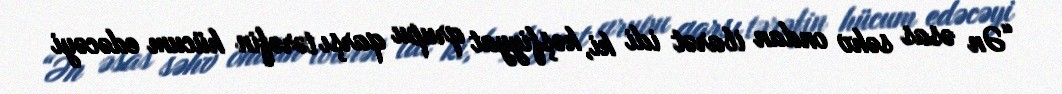
“Ən əsas səhv ondan ibarət idi ki, kəşfiyyat qrupu qarşı tərəfin hücum edəcəyi